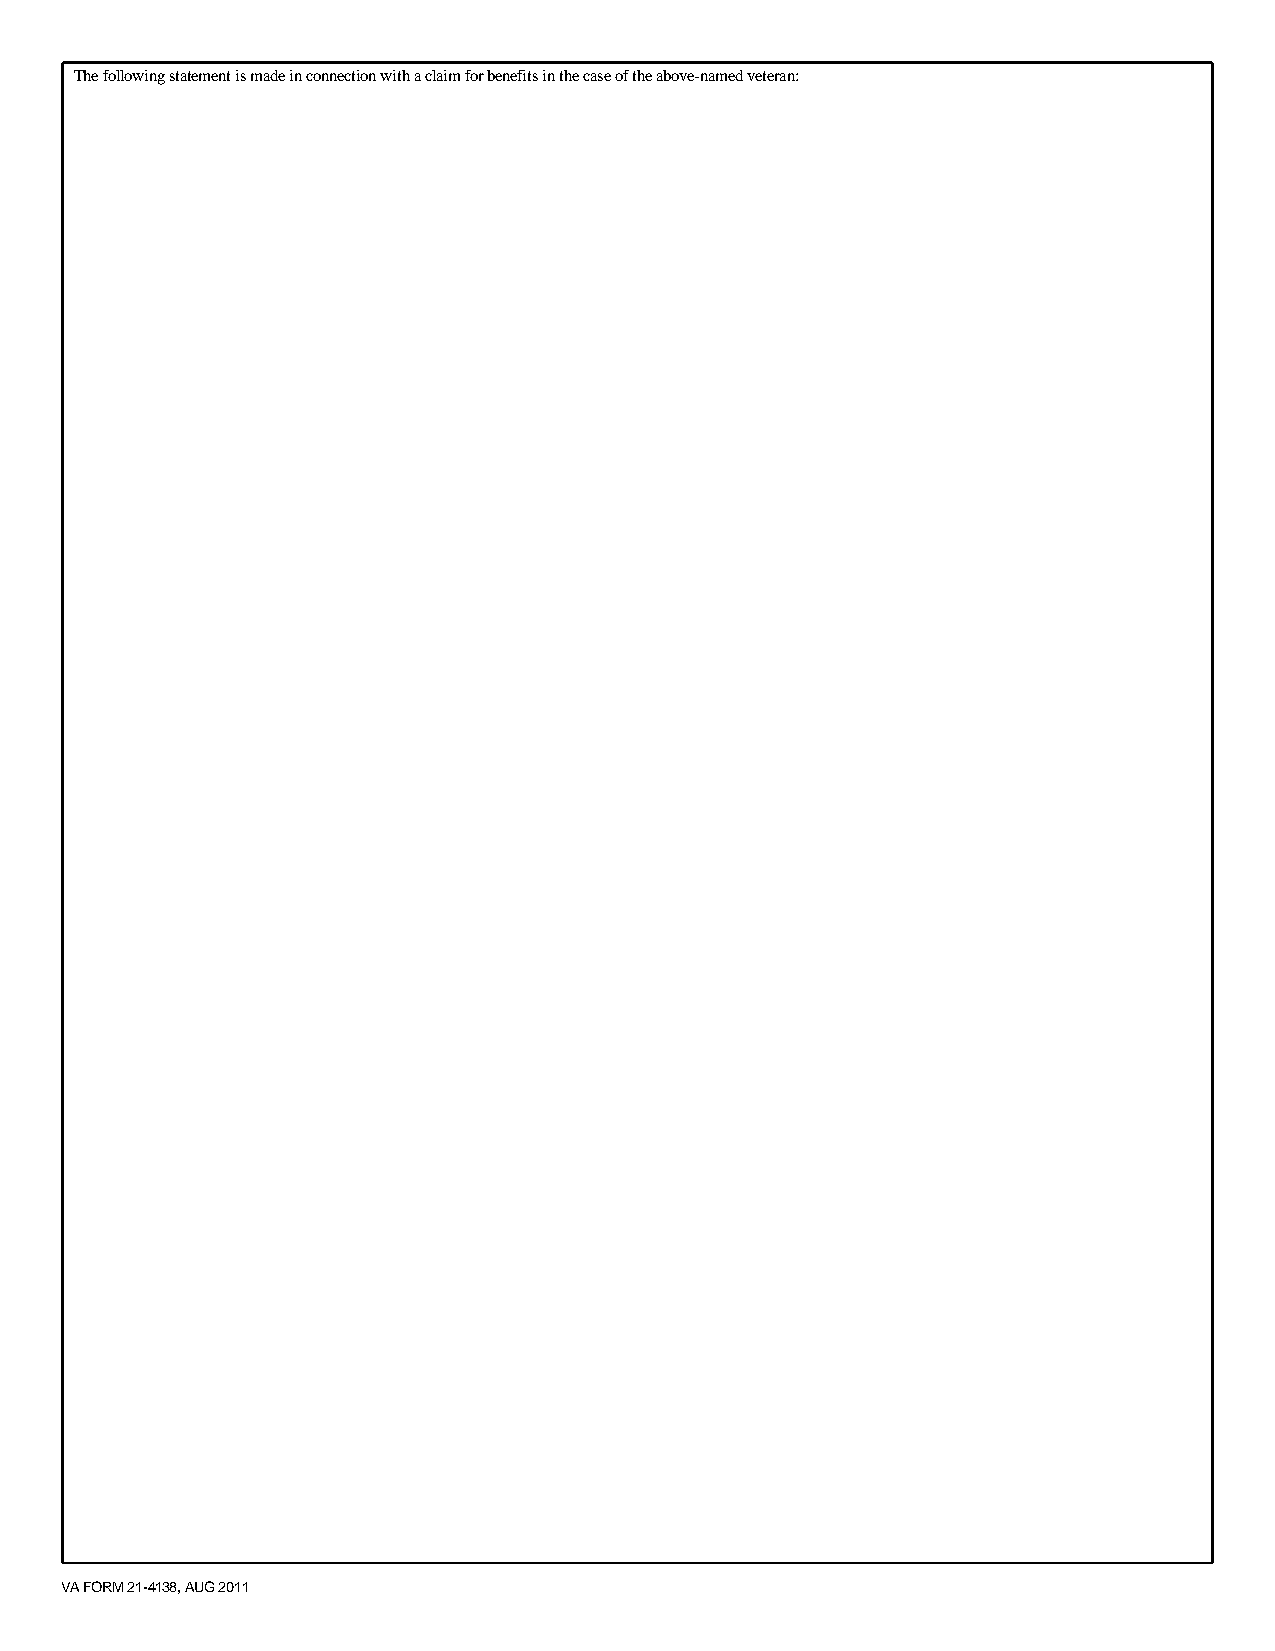
The following statement is made in connection with a claim for benefits in the case of the above-named veteran:
 VA FORM 21-4138, AUG 2011